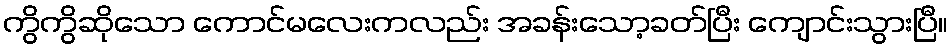
ကွိကွိဆိုသော ကောင်မလေးကလည်း အခန်းသော့ခတ်ပြီး ကျောင်းသွားပြီ။